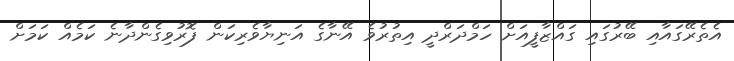
އެތެރޭގައާއި ބޭރުގައި ގައްޒާފީއަށް ހަމްދަރްދީ އިތުރުވެ އޭނާގެ އަނިޔާވެރިކަން ފޮރުވިގެންދާނެ ކަމެއް ކަމަށް